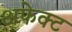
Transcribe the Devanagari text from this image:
अफेक्ट